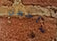
سأجعل